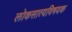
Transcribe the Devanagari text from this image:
लोकसात्यविषयक